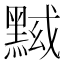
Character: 𱋷